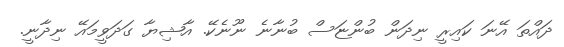
ދައްތަ އޭނަ ކައިރީ ނިދަން ބުންޏަސް ބުނާނެ ނޫނެކޭ. އާޝިޔާ ގަދަވީމައޭ ނިދާނީ.